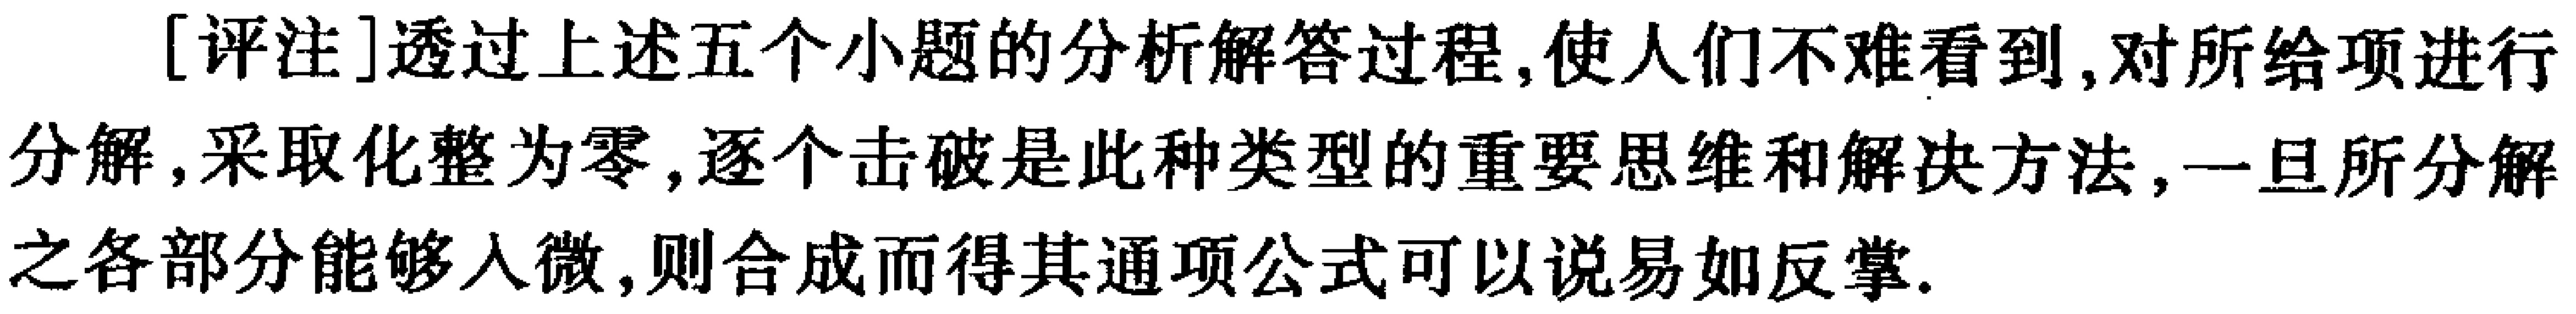
[评注]透过上述五个小题的分析解答过程,使人们不难看到,对所给项进行分解,采取化整为零,逐个击破是此种类型的重要思维和解决方法,一旦所分解之各部分能够入微,则合成而得其通项公式可以说易如反掌.